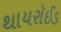
થાયરૉઈડ